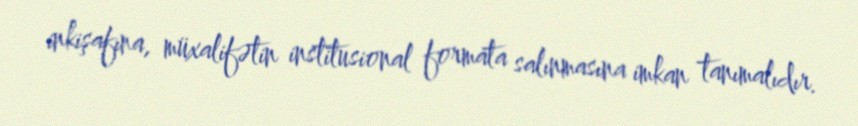
inkişafına, müxalifətin institusional formata salınmasına imkan tanımalıdır.